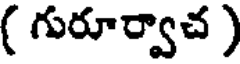
( గురూర్వాచ )